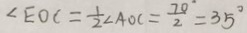
\angle E O C = \frac { 1 } { 2 } \angle A O C = \frac { 7 0 ^ { \cdot } } { 2 } = 3 5 ^ { \circ }